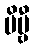
ဗိမ္ဗီ